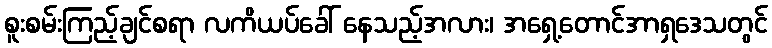
စူးစမ်းကြည့်ချင်စရာ လကိယပ်ခေါ် နေသည့်အလား၊ အရှေ့တောင်အာရှဒေသတွင်